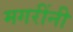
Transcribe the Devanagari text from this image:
मगरींनी